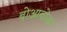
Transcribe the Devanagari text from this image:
बोआबोआ